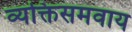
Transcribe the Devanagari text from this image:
व्यक्तिसमवाय